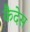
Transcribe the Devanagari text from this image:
कैदेस